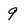
Character: 9